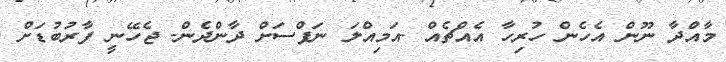
މާއްދާ ނޫން އެހެން ހުރިހާ އެއްޗެއް -އަމިއްލަ ނަފްސަށް ދާންދެން- ޖެހޭނީ ފާރުބުޑަށް